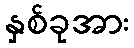
နှစ်ခုအား